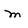
Character: m